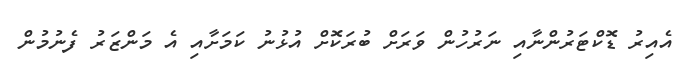
އެއިރު ޑޮކްޓަރުންނާއި ނަރުހުން ވަރަށް ބުރަކޮށް އުޅުނު ކަމަށާއި އެ މަންޒަރު ފެނުމުން